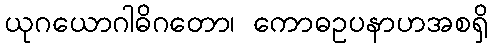
ယုဂယောဂါဓိဂတော၊ ကောဓဥပနာဟအစရှိ